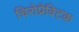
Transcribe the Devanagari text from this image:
चिरोप्रैक्टिक